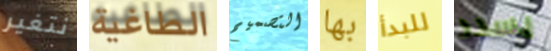
نتغير الطاغية التصميم بها للبدأ يسدد